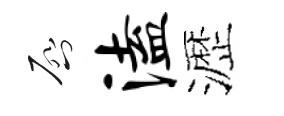
啓溘瀝